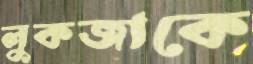
লুকজাকে